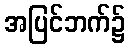
အပြင်ဘက်၌